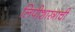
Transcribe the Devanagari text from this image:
लिपीशास्त्राची